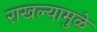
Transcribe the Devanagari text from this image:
राखल्यामुळे